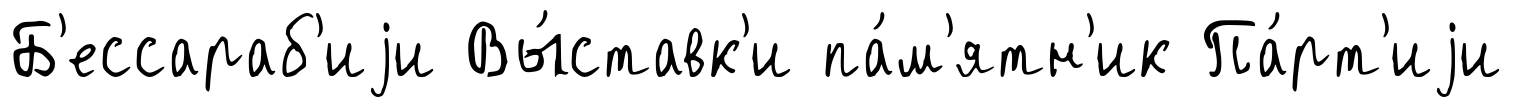
Б'ессараб'иjи Вы́ставк'и па́м'ятн'ик Па́рт'иjи